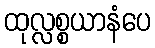
ထုလ္လစ္စယာနံပေ